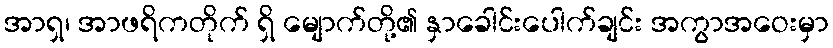
အာရှ၊ အာဖရိကတိုက် ရှိ မျောက်တို့၏ နှာခေါင်းပေါက်ချင်း အကွာအဝေးမှာ